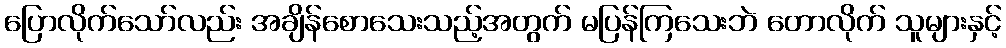
ပြောလိုက်သော်လည်း အချိန်စောသေးသည့်အတွက် မပြန်ကြသေးဘဲ တောလိုက် သူများနှင့်